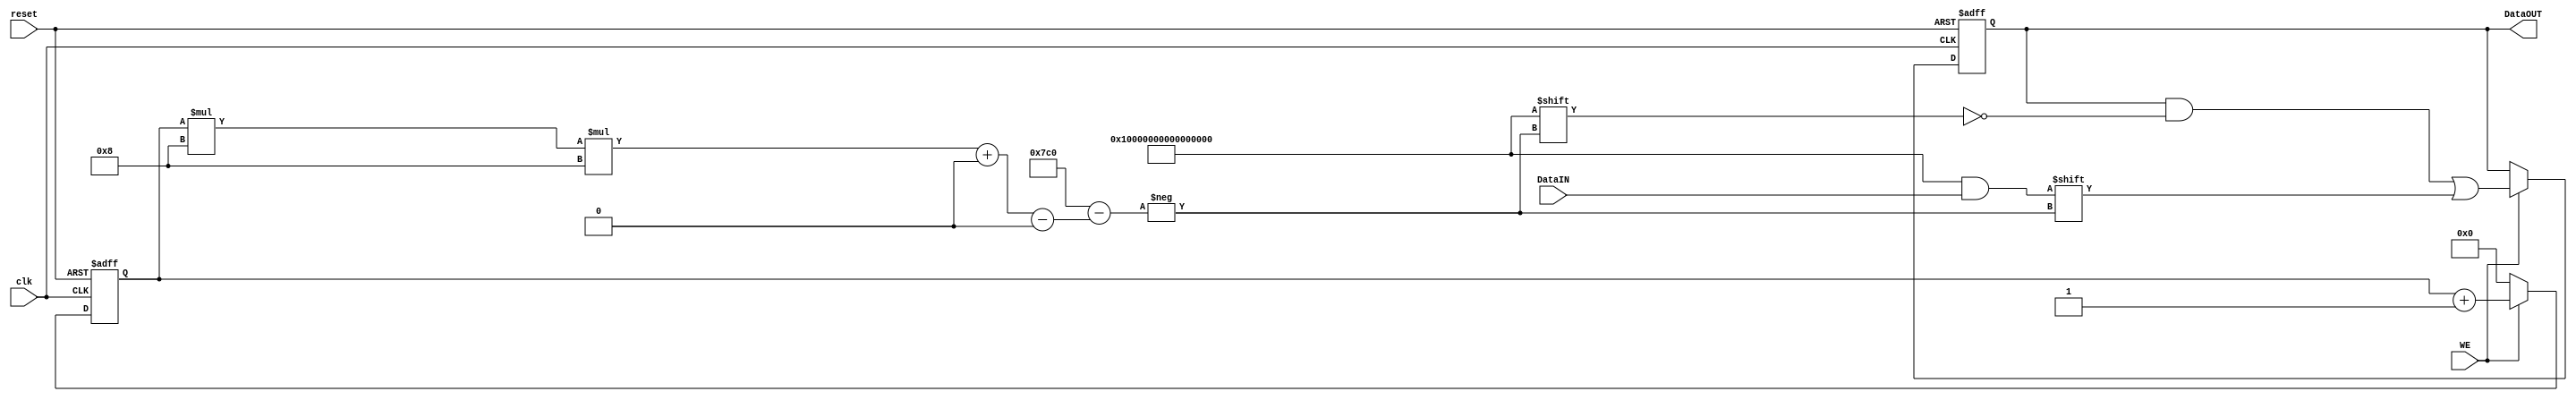
module RegFileCur(clk,reset,WE,DataIN,DataOUT);
    input clk,reset,WE;
    input [63:0] DataIN;
    output [(16*16*8)-1:0] DataOUT;
    reg [0:(16*16*8)-1] CurrentBlock;
	reg [4:0] write_count;
    
    always @(posedge clk, posedge reset)
	begin
	    if (reset)
		begin
			CurrentBlock <= 2048'b0;
			write_count <= 0;
		end
	    else if (WE)
		begin
			write_count <= write_count + 1;
			CurrentBlock[(write_count*8*8) +: 64] <= DataIN;
		end
		else
			write_count <= 0;
	end
              
       
	assign DataOUT = CurrentBlock;
       
endmodule